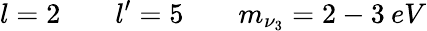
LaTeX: l=2\; \; \; \; \; \; \; l^{\prime}=5\; \; \; \; \; \; \; m_{\nu_{3}}=2-3\: eV